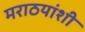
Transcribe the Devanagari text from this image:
मराठयांशी